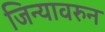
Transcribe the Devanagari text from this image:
जिन्यावरुन